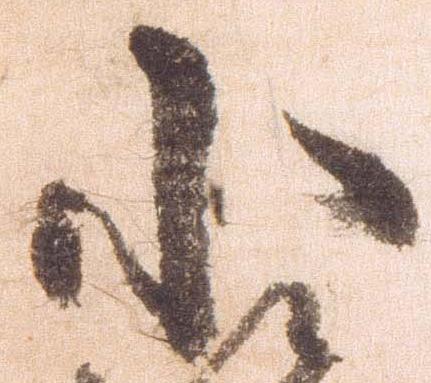
小